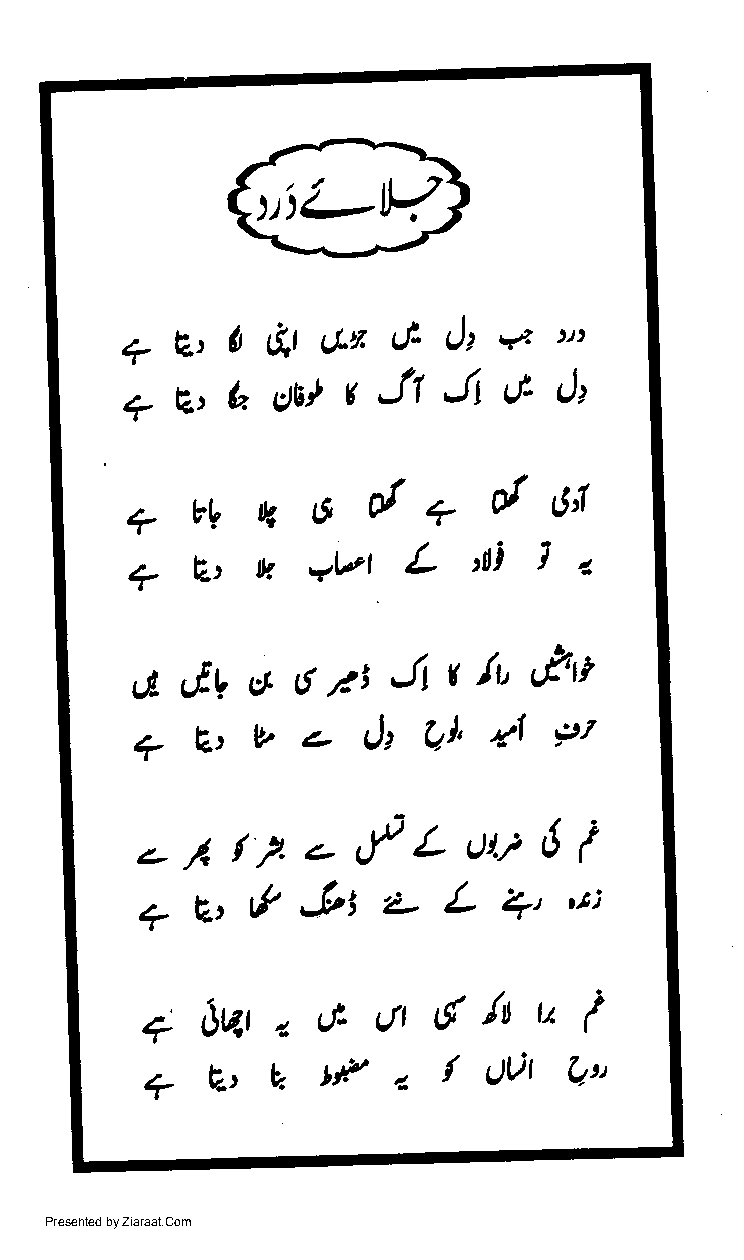
--------
 L
 *Et017t6nt'Jt*''
 eQ.:b.ctulcrtJtOJt
 a/
 +YVtttSdq0tIJl
 qbuvvtLfiila
 a      o     /tt Jl  t /r' ch'
 clv    6
 4lPl
 ?6v-&Ol
 1././.2-,-/LoU6i
 &  ,3t  'z  L   2it
 ?   V,
 ''t;
 /z
 \Vtzcf-L,flatru(
 +
 E,Etin"/ovr9"
 +
 Presented by Ziaraat.Com